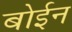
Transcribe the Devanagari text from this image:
बोईन